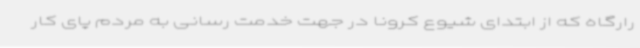
رارگاه که از ابتدای شیوع کرونا در جهت خدمت رسانی به مردم پای کار